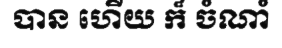
បាន ហើយ ក៏ ចំណាំ